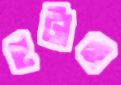
হটাত